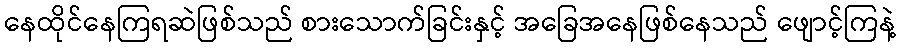
နေထိုင်နေကြရဆဲဖြစ်သည် စားသောက်ခြင်းနှင့် အခြေအနေဖြစ်နေသည် ဖျောင့်ကြနဲ့